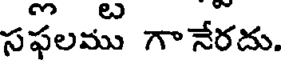
సఫలము గానేరదు.